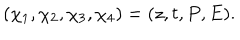
LaTeX: \left( \chi _ { 1 } , \chi _ { 2 } , \chi _ { 3 } , \chi _ { 4 } \right) = ( z , t , P , E ) .